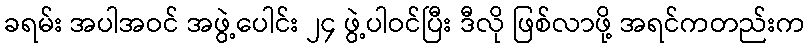
ခရမ်း အပါအဝင် အဖွဲ့ပေါင်း ၂၄ ဖွဲ့ပါဝင်ပြီး ဒီလို ဖြစ်လာဖို့ အရင်ကတည်းက